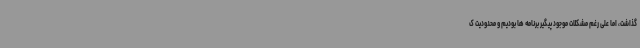
گذاشت، اما علی رغم مشکلات موجود پیگیر برنامه ها بودیم و محدودیت ک